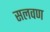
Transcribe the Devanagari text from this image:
सलवण